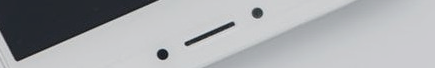
مكتبة الرياض